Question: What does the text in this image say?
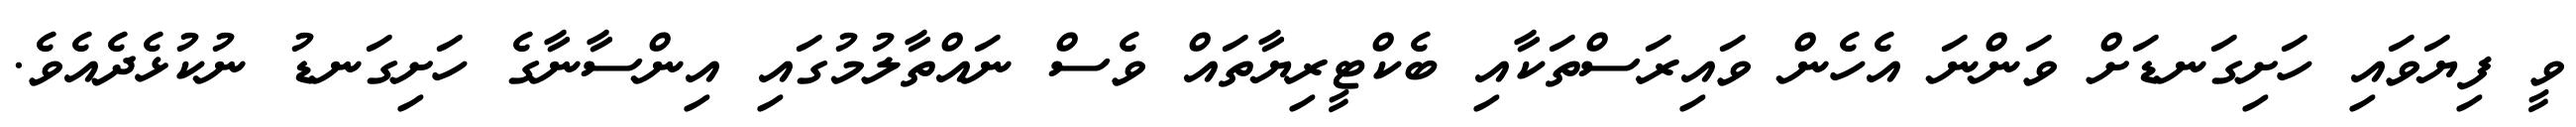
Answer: ވީ ފިޔަވައި ހަށިގަނޑަށް ވަންނަ އެހެން ވައިރަސްތަކާއި ބެކްޓީރިޔާތައް ވެސް ނައްތާލުމުގައި އިންސާނާގެ ހަށިގަނޑު ނުކުޅެދެއެވެ.